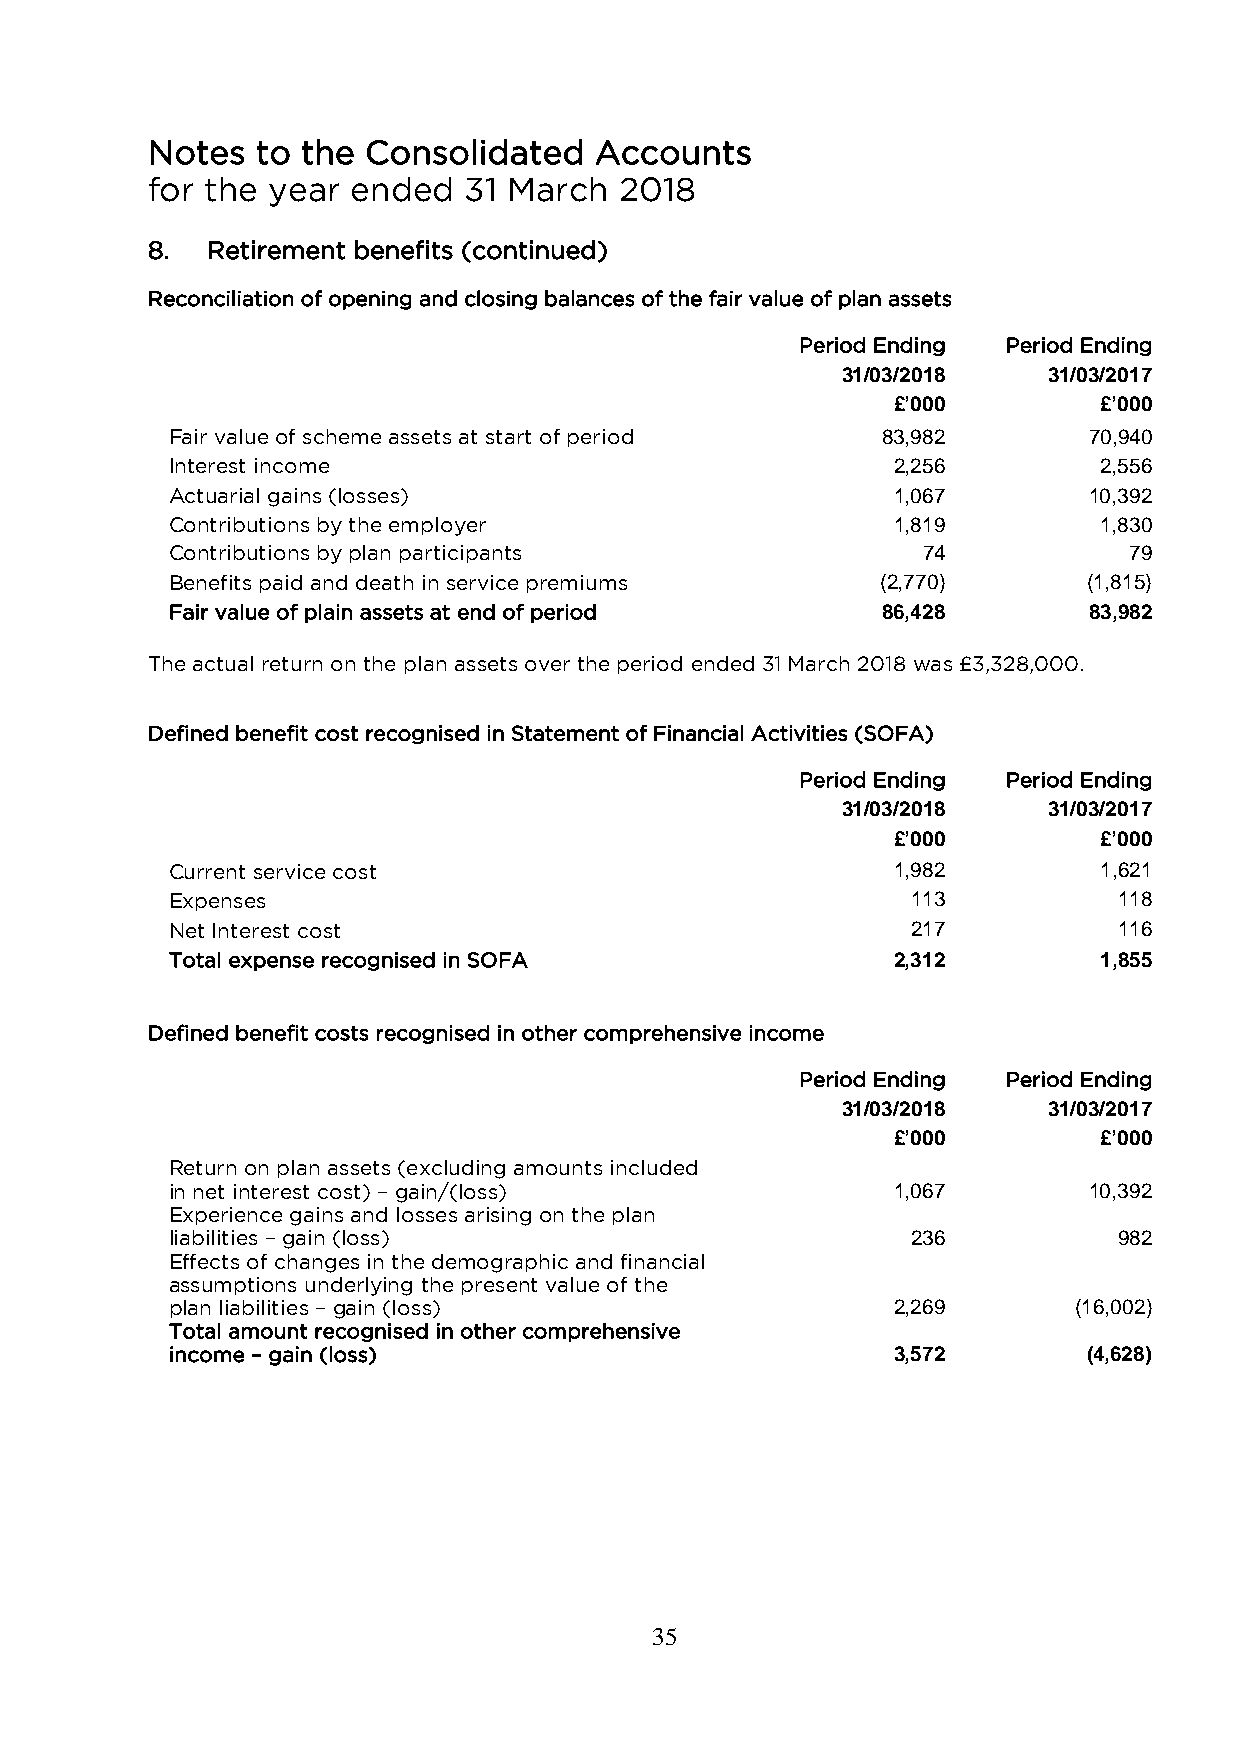
Notes  to the Consolidated   Accounts
 for the year ended   31 March  2018
 8.  Retirement benefits (continued)
 Reconciliation of opening and closing balances of the fair value of plan assets
 Period Ending Period Ending
 31/03/2018   31/03/2017
 £’000         £’000
 Fair value of scheme assets at start of period 83,982        70,940
 Interest income                                 2,256         2,556
 Actuarial gains (losses)                        1,067        10,392
 Contributions by the employer                   1,819         1,830
 Contributions by plan participants                74            79
 Benefits paid and death in service premiums    (2,770)       (1,815)
 Fair value of plain assets at end of period    86,428        83,982
 The actual return on the plan assets over the period ended 31 March 2018 was £3,328,000.
 Defined benefit cost recognised in Statement of Financial Activities (SOFA)
 Period Ending Period Ending
 31/03/2018   31/03/2017
 £’000         £’000
 Current service cost                            1,982         1,621
 Expenses                                         113           118
 Net Interest cost                                217           116
 Total expense recognised in SOFA                2,312         1,855
 Defined benefit costs recognised in other comprehensive income
 Period Ending Period Ending
 31/03/2018   31/03/2017
 £’000         £’000
 Return on plan assets (excluding amounts included
 in net interest cost) – gain/(loss)             1,067        10,392
 Experience gains and losses arising on the plan
 liabilities – gain (loss)                        236           982
 Effects of changes in the demographic and financial
 assumptions underlying the present value of the
 plan liabilities – gain (loss)                  2,269       (16,002)
 Total amount recognised in other comprehensive
 income – gain (loss)                            3,572        (4,628)
 35